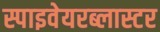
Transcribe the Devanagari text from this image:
स्पाइवेयरब्लास्टर